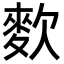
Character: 𪌒